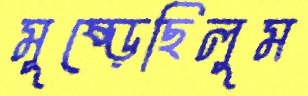
মুষ্‌ড়েছিলুম